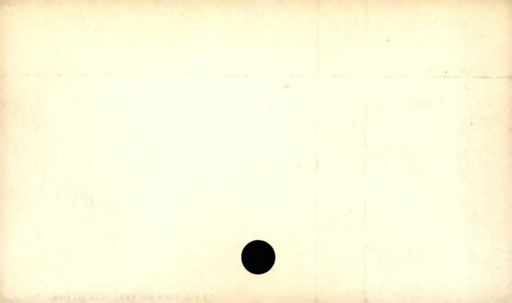
Label: blank